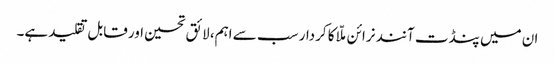
ان میں پنڈت آنند نرائن ملّا کا کردار سب سے اہم، لائق تحسین اور قابل تقلید ہے۔